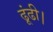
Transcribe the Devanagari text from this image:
ढूंढी।